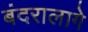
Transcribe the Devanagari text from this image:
बंदरालागे